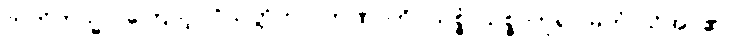
ဣတိတသ္မာ၊ ကြောင့်။ ဝိသတ္တိကာ၊ တဏှာကို။ သစ္စံ၊ သစ္စာဟူ၍။ မတံ၊ သိအပ်၏။